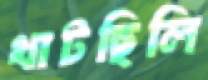
খাটছিলি